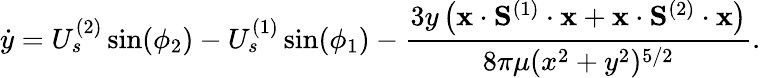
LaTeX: \dot{y}=U_{s}^{(2)}\sin(\phi_{2})-U_{s}^{(1)}\sin(\phi_{1})-\frac{3y\left(\mathbf{x}\cdot\mathbf{S}^{(1)}\cdot\mathbf{x}+\mathbf{x}\cdot\mathbf{S}^{(2)}\cdot\mathbf{x}\right)}{8\pi\mu(x^{2}+y^{2})^{5/2}}.